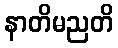
နာတိမညတိ